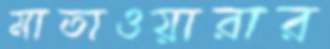
মাতাওয়ারার